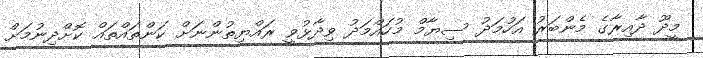
މީދޫ ދާއިރާގެ މެންބަރު އަހުމަދު ސިޔާމް މުހައްމަދު ވިދާޅުވީ ރައްޔިތުންނަށް ކަންތައްތައް ކޮށްދިނުމަށް